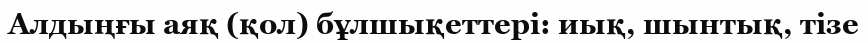
Алдыңғы аяқ (қол) бұлшықеттері: иық, шынтық, тізе